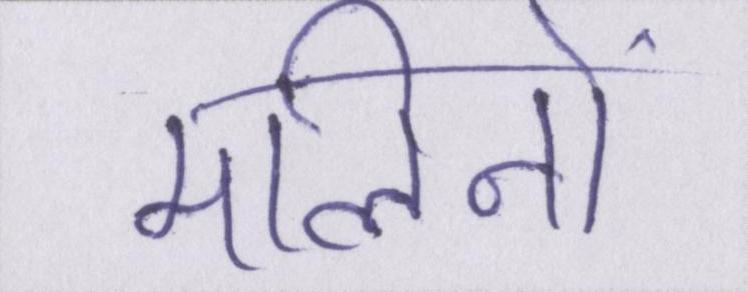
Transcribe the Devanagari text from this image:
मलिनों